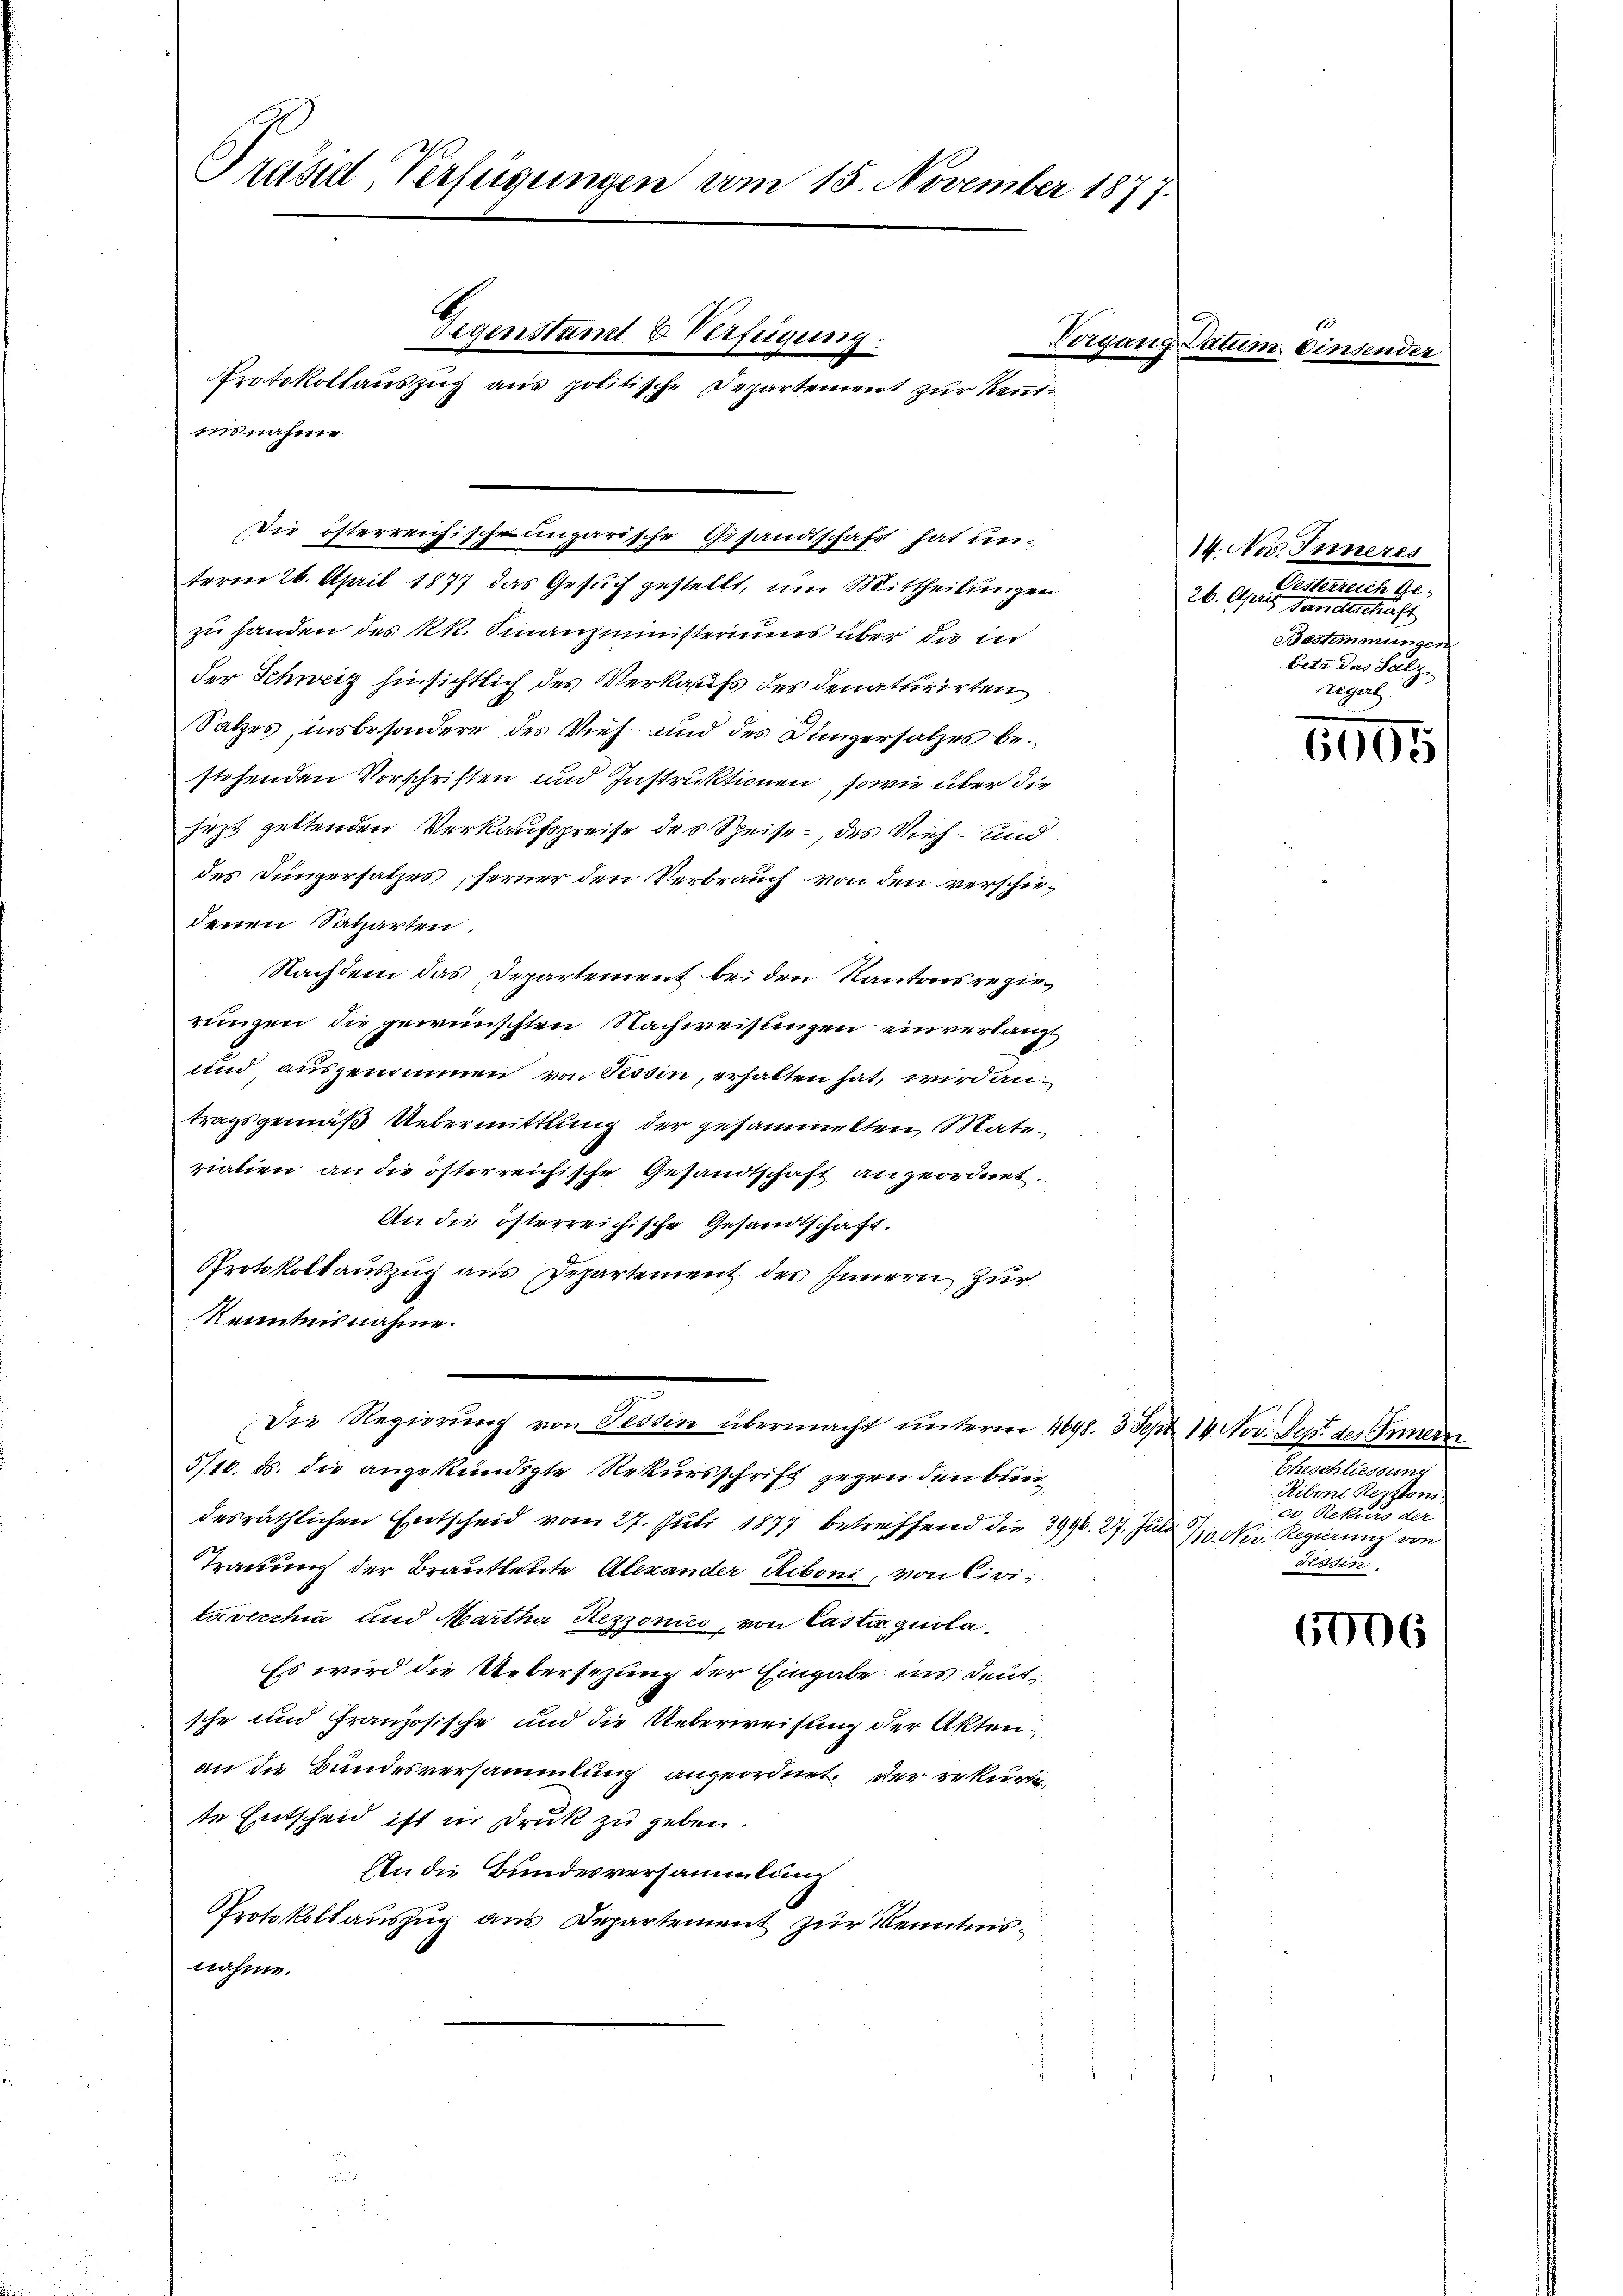
Präsidl, Verfügungen vom 15. November 1877.
Gegenstand & Verfügung.
Protokollauszug aus politische Departement zur Kenntensnahme

Die österreichische ungarische Gesandtschaft hat un-

term 26. April 1877 das Gesuch gestellt, um Mittheilungen
zu handen des kk. Finanzministeriums über die in
der Schweiz hinsichtlich des Verkaufs des denaturirten
Satzes, insbesondere des Vieh- und des Düngersatzes bestehenden Vorschriften und Instruktionen, sowie über die
jezt geltenden Verkaufspreise des Speise des Vieh- und
des Jüngersatzes, ferner den Verbrauch von den verschiedenen Salzarten.
Nachdem das Departement bei den Kantonsregierungen die gewünschten Nachweisungen einverlangt
und, ausgenommen von Tessin, erhalten hat, wird antragsgemäß Uebermittlung der gesammelten Materialien an die österreichische Gesandtschaft angeordnet.
An die österreichische Gesandtschaft.
Protokollauszug aus Departement des Innern zur
Kenntnisnahme.
Die Regierung von Tessin übermacht unterm 4698. 3 Sept. 14. Nov. Sept. des Innern
5/10. ds. die angekündigte Rekursschrift gegen den Bundesräthlichen Entscheid vom 27. Juli 1877 betreffend die 3990. 27. Juli 1910. Nov. Regierung von
Trauung der Brautleute Alexander Riboni, von Civitovecchia und Martha Rezzonis, von Casta quola¬
Es wird die Uebersezung der Eingabe ins deutsche und Französische und die Ueberweisung der Akten
an die Bundesversammlung angeordnet. Der rekurig
te Entscheid ist in Druk zu geben.
An die Bundesversammlung
Protokollauszug aus Departement zur Kenntnisnahme.

Vorgang Datum. Einsender

14. Nov. Inneres
Erntereitige.
26. April er einer eine eine
Bestimmungen
betr das Salz
regel

6905

Arealiterung
ee eine so
ed. Rekurs der
Tessin.

6006